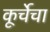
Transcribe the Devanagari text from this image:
कूर्चेचा